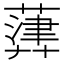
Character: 𦽷